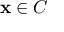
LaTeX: \mathbf { x } \in C